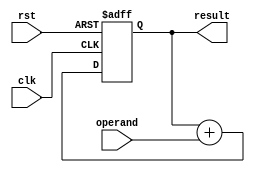
module cascaded_accumulator (
    input wire clk,            // Clock input
    input wire rst,            // Reset input
    input wire [7:0] operand,  // Operand input
    output wire [15:0] result  // Result output
);

reg [15:0] acc;    // Accumulator register

always @ (posedge clk or posedge rst)
begin
    if (rst) begin
        acc <= 16'b0;  // Reset accumulator to 0
    end else begin
        acc <= acc + operand;  // Accumulate operand
    end
end

assign result = acc;  // Assign accumulator value to output

endmodule